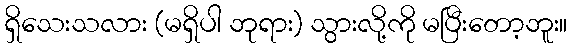
ရှိသေးသလား (မရှိပါ ဘုရား) သွားလို့ကို မပြီးတော့ဘူး။